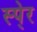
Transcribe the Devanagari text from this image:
स्पे्र